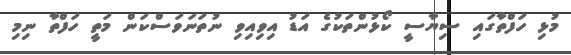
މުޅި ހަފްތާގައި ސިޔާސީ ކޯޅުންތަކުގެ އަޑު އިވިއިވި ނުތަނަވަސްކަން މަތީ ހަފްތާ ނިމި